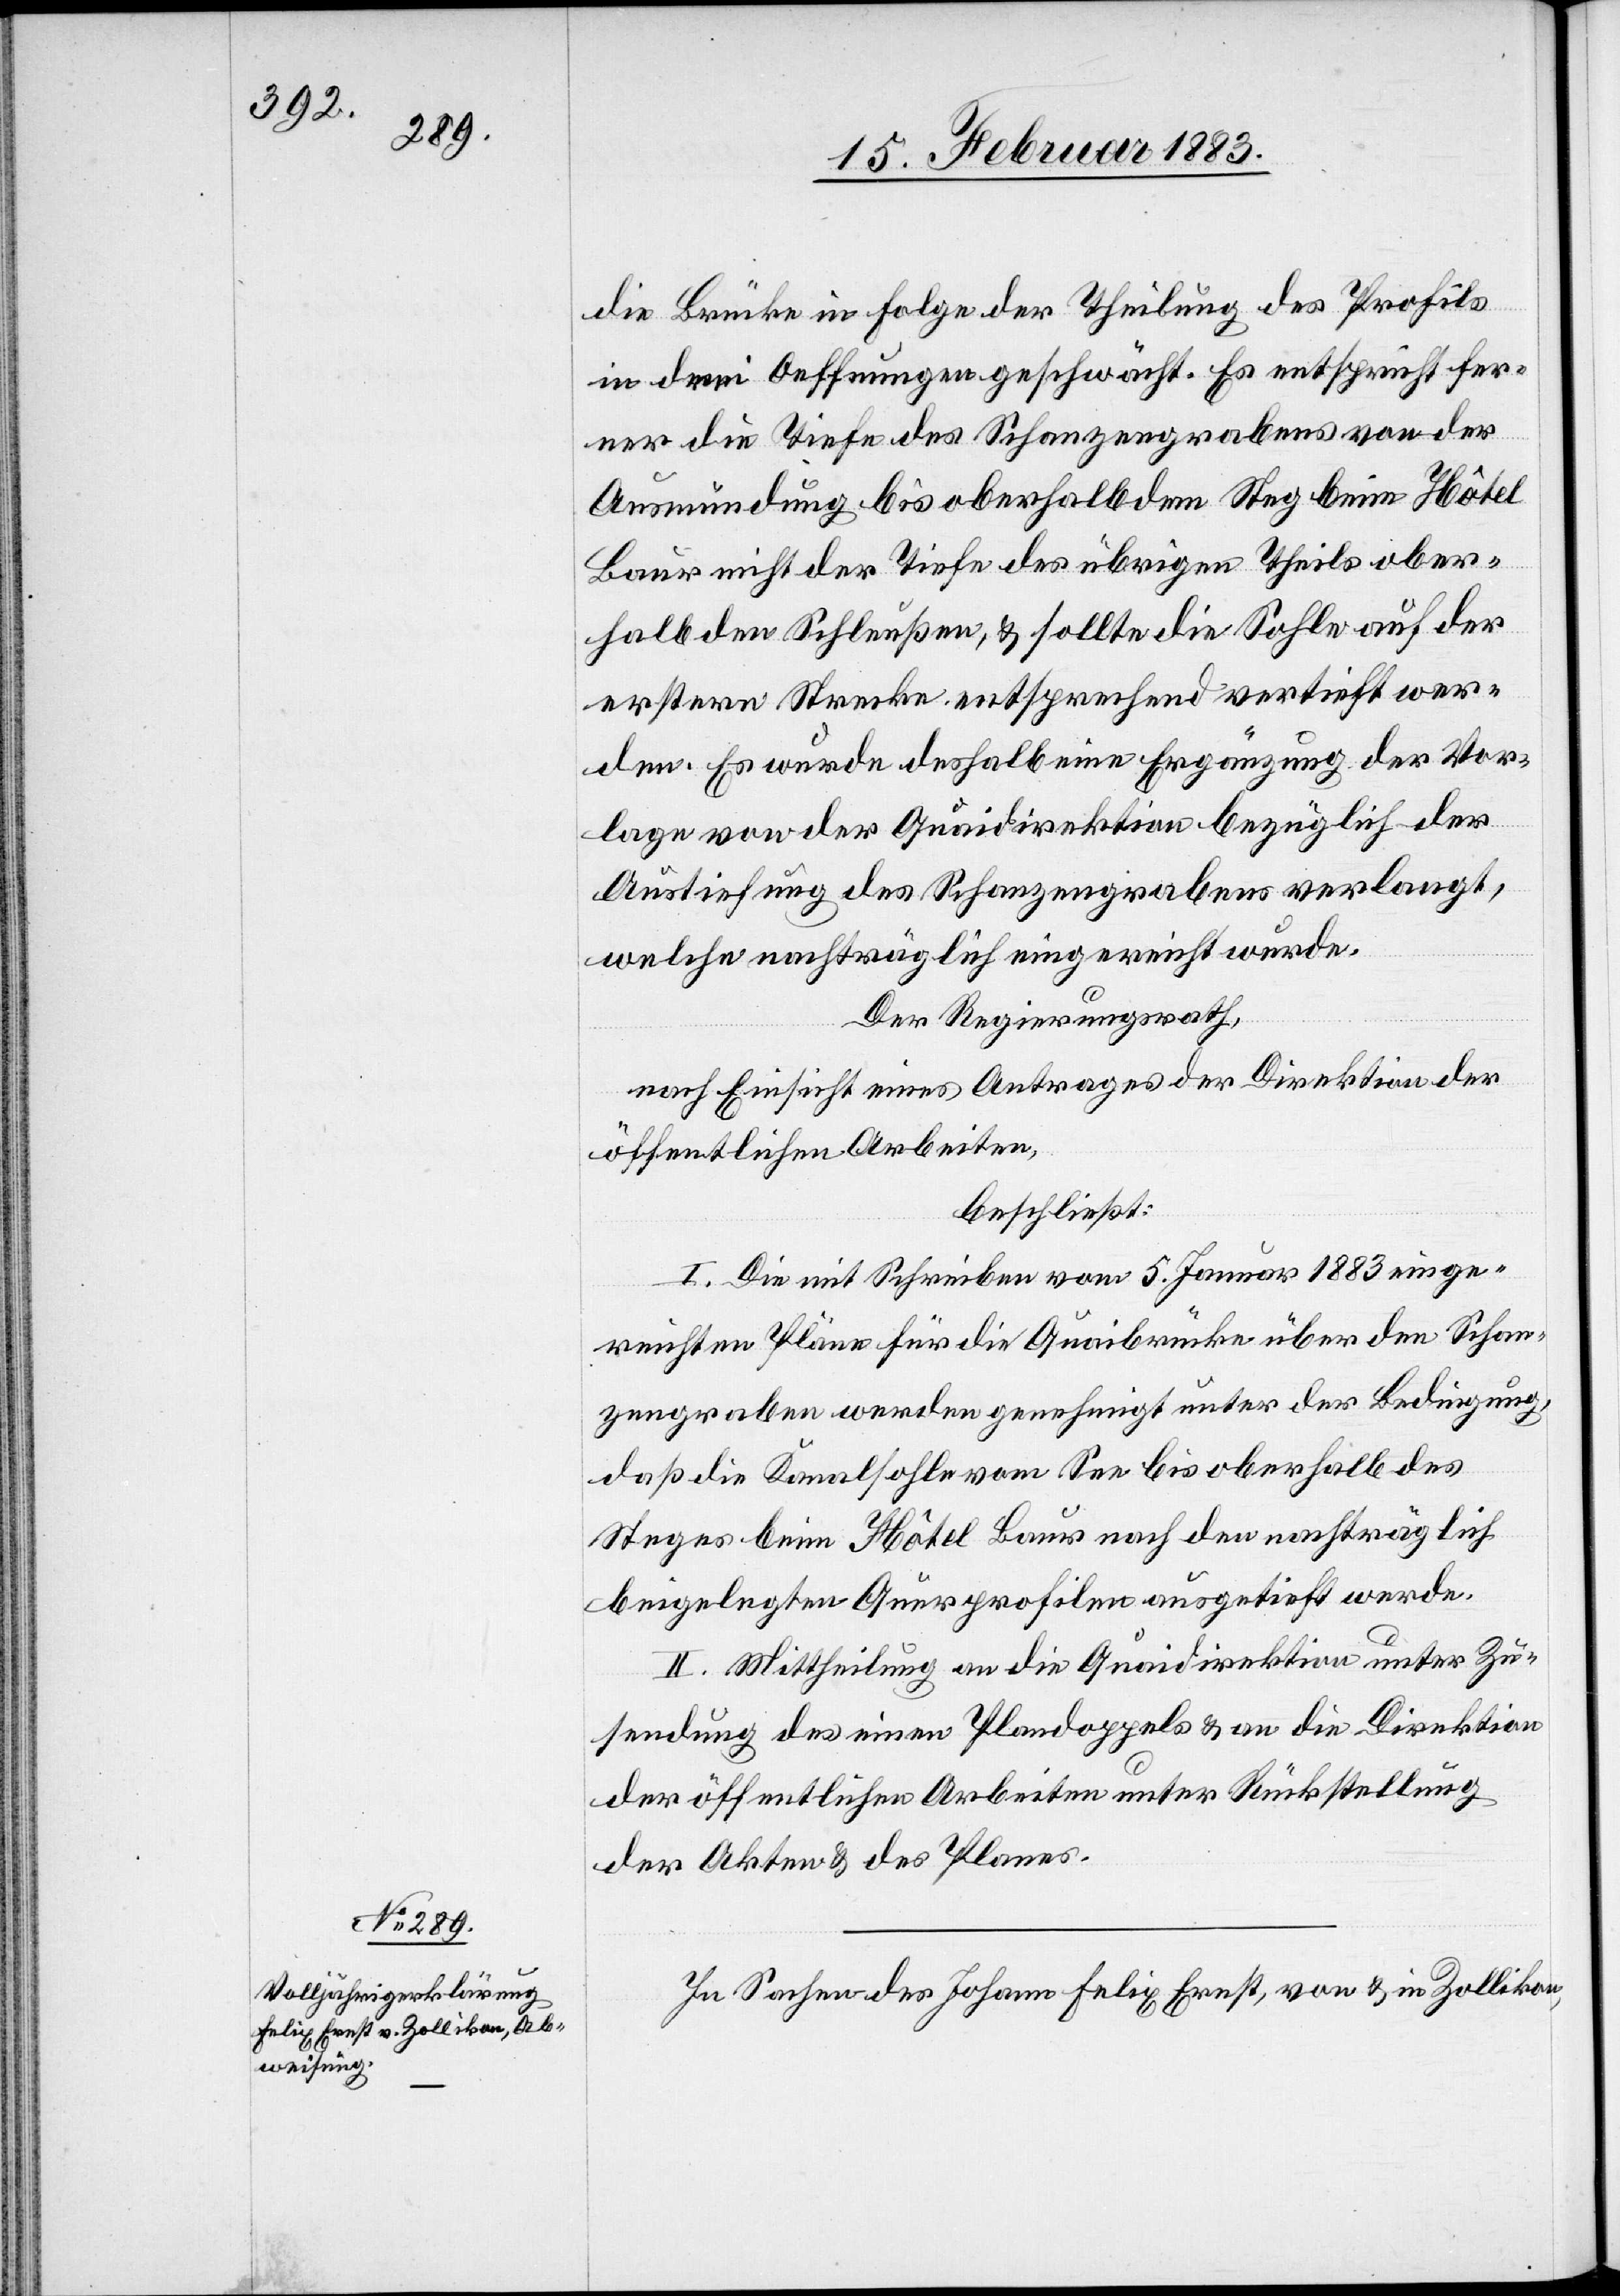
die Brücke in Folge der Theilung des Profils
in drei Oeffnungen geschwächt. Es entspricht fer¬
ner die Tiefe des Schanzengrabens von der
Ausmündung bis oberhalb dem Steg beim Hôtel
Baur nicht der Tiefe des übrigen Theils ober¬
halb den Schleußen, & sollte die Sohle auf der
erstern Strecke entsprechend vertieft wer¬
den. Es wurde deshalb eine Ergänzung der Vor¬
lage von der Quaidirektion bezüglich der
Austiefung des Schanzengrabens verlangt,
welche nachträglich eingereicht wurde.
Der Regierungsrath,
nach Einsicht eines Antrages der Direktion der
öffentlichen Arbeiten,
beschließt:
I. Die mit Schreiben vom 5. Januar 1883 einge¬
reichten Pläne für die Quaibrücke über den Schan¬
zengraben werden genehmigt unter der Bedingung,
daß die Kanalsohle vom See bis oberhalb des
Steges beim Hôtel Baur nach den nachträglich
beigelegten Querprofilen ausgetieft werde.
II. Mittheilung an die Quaidirektion unter Zu¬
sendung des einen Plandoppels & an die Direktion
der öffentlichen Arbeiten unter Rückstellung
der Akten & des Planes.
In Sachen des Johann Felix Ernst, von & in Zollikon,